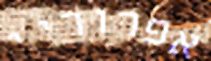
אפרוריי